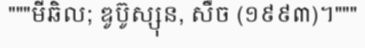
"""មីឆិល; ឌូប៊ូស្សុន, សឺច (១៩៩៣)។"""